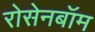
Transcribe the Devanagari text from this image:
रोसेनबॉम